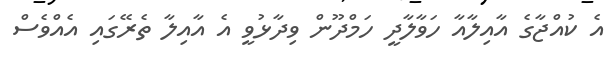
އެ ކުއްޖާގެ އާއިލާއާ ހަވާލާދީ ހަމްދޫން ވިދާޅުވީ އެ އާއިލާ ތެރޭގައި އެއްވެސް